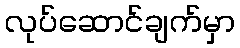
လုပ်ဆောင်ချက်မှာ